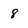
Character: 8